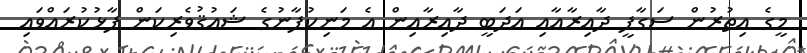
މީގެ އިތުރުން ސަގާފީ ދާއިރާއާއި އަދަބީ ދާއިރާއިން އެ މަނިކުފާނުގެ ޝައުޤުވެރިކަން ފާޅުކުރައްވައި